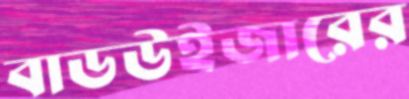
বাডউইজারের